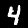
Label: 4